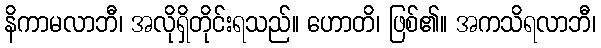
နိကာမလာဘီ၊ အလိုရှိတိုင်းရသည်။ ဟောတိ၊ ဖြစ်၏။ အကသိရလာဘီ၊